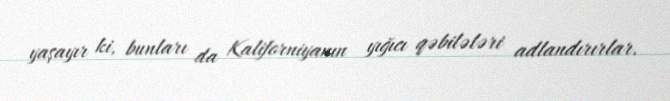
yaşayır ki, bunları da Kaliforniyanın yığıcı qəbilələri adlandırırlar.